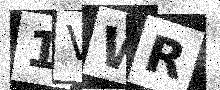
Text: 1VWR